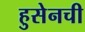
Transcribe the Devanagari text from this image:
हुसेनची